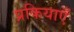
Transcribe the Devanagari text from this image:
प्रकियाएँ